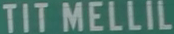
TIT MELLIL